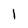
Character: l